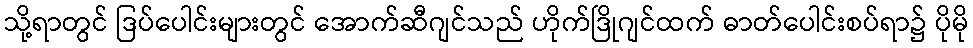
သို့ရာတွင် ဒြပ်ပေါင်းများတွင် အောက်ဆီဂျင်သည် ဟိုက်ဒြိုဂျင်ထက် ဓာတ်ပေါင်းစပ်ရာ၌ ပိုမို